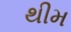
થીમ